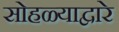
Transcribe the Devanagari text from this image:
सोहळ्याद्वारे